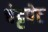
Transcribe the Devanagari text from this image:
चेट्टपेट